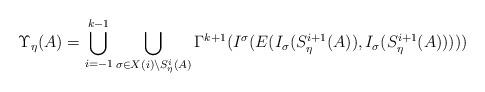
LaTeX: \begin{align*}\Upsilon_\eta(A) = \bigcup_{i=-1}^{k-1} \bigcup_{\sigma \in X(i) \setminus S_\eta^i(A)} \Gamma^{k+1}(I^\sigma( E(I_\sigma(S_\eta^{i+1}(A)),I_\sigma(S_\eta^{i+1}(A)))))\end{align*}